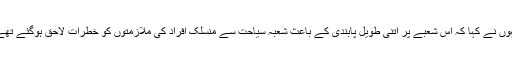
انہوں نے کہا کہ اس شعبے پر اتنی طویل پابندی کے باعث شعبہ سیاحت سے منسلک افراد کی ملازمتوں کو خطرات لاحق ہوگئے تھے۔